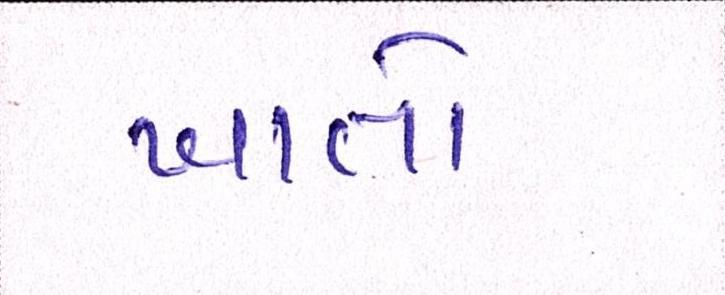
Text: ખાતો